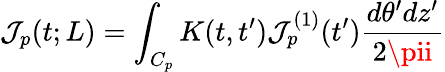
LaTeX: \mathcal{J}_{p}(t;L)=\int_{C_{p}}K(t,t^{\prime})\mathcal{J}_{p}^{(1)}(t^{\prime})\frac{{d\theta^{\prime}dz^{\prime}}}{{2\pii}}